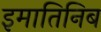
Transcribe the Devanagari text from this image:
इमातिनिब